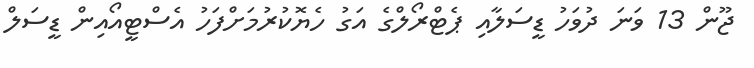
ޖޫން 13 ވަނަ ދުވަހު ޑީސަލާއި ޕެޓްރޯލްގެ އަގު ހެޔޮކުރުމަށްފަހު އެސްޓީއޯއިން ޑީސަލް